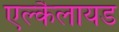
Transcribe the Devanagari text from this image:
एल्कैलायड